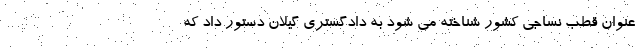
عنوان قطب نساجی کشور شناخته می شود به دادگستری گیلان دستور داد که